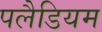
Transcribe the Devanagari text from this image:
पलैडियम